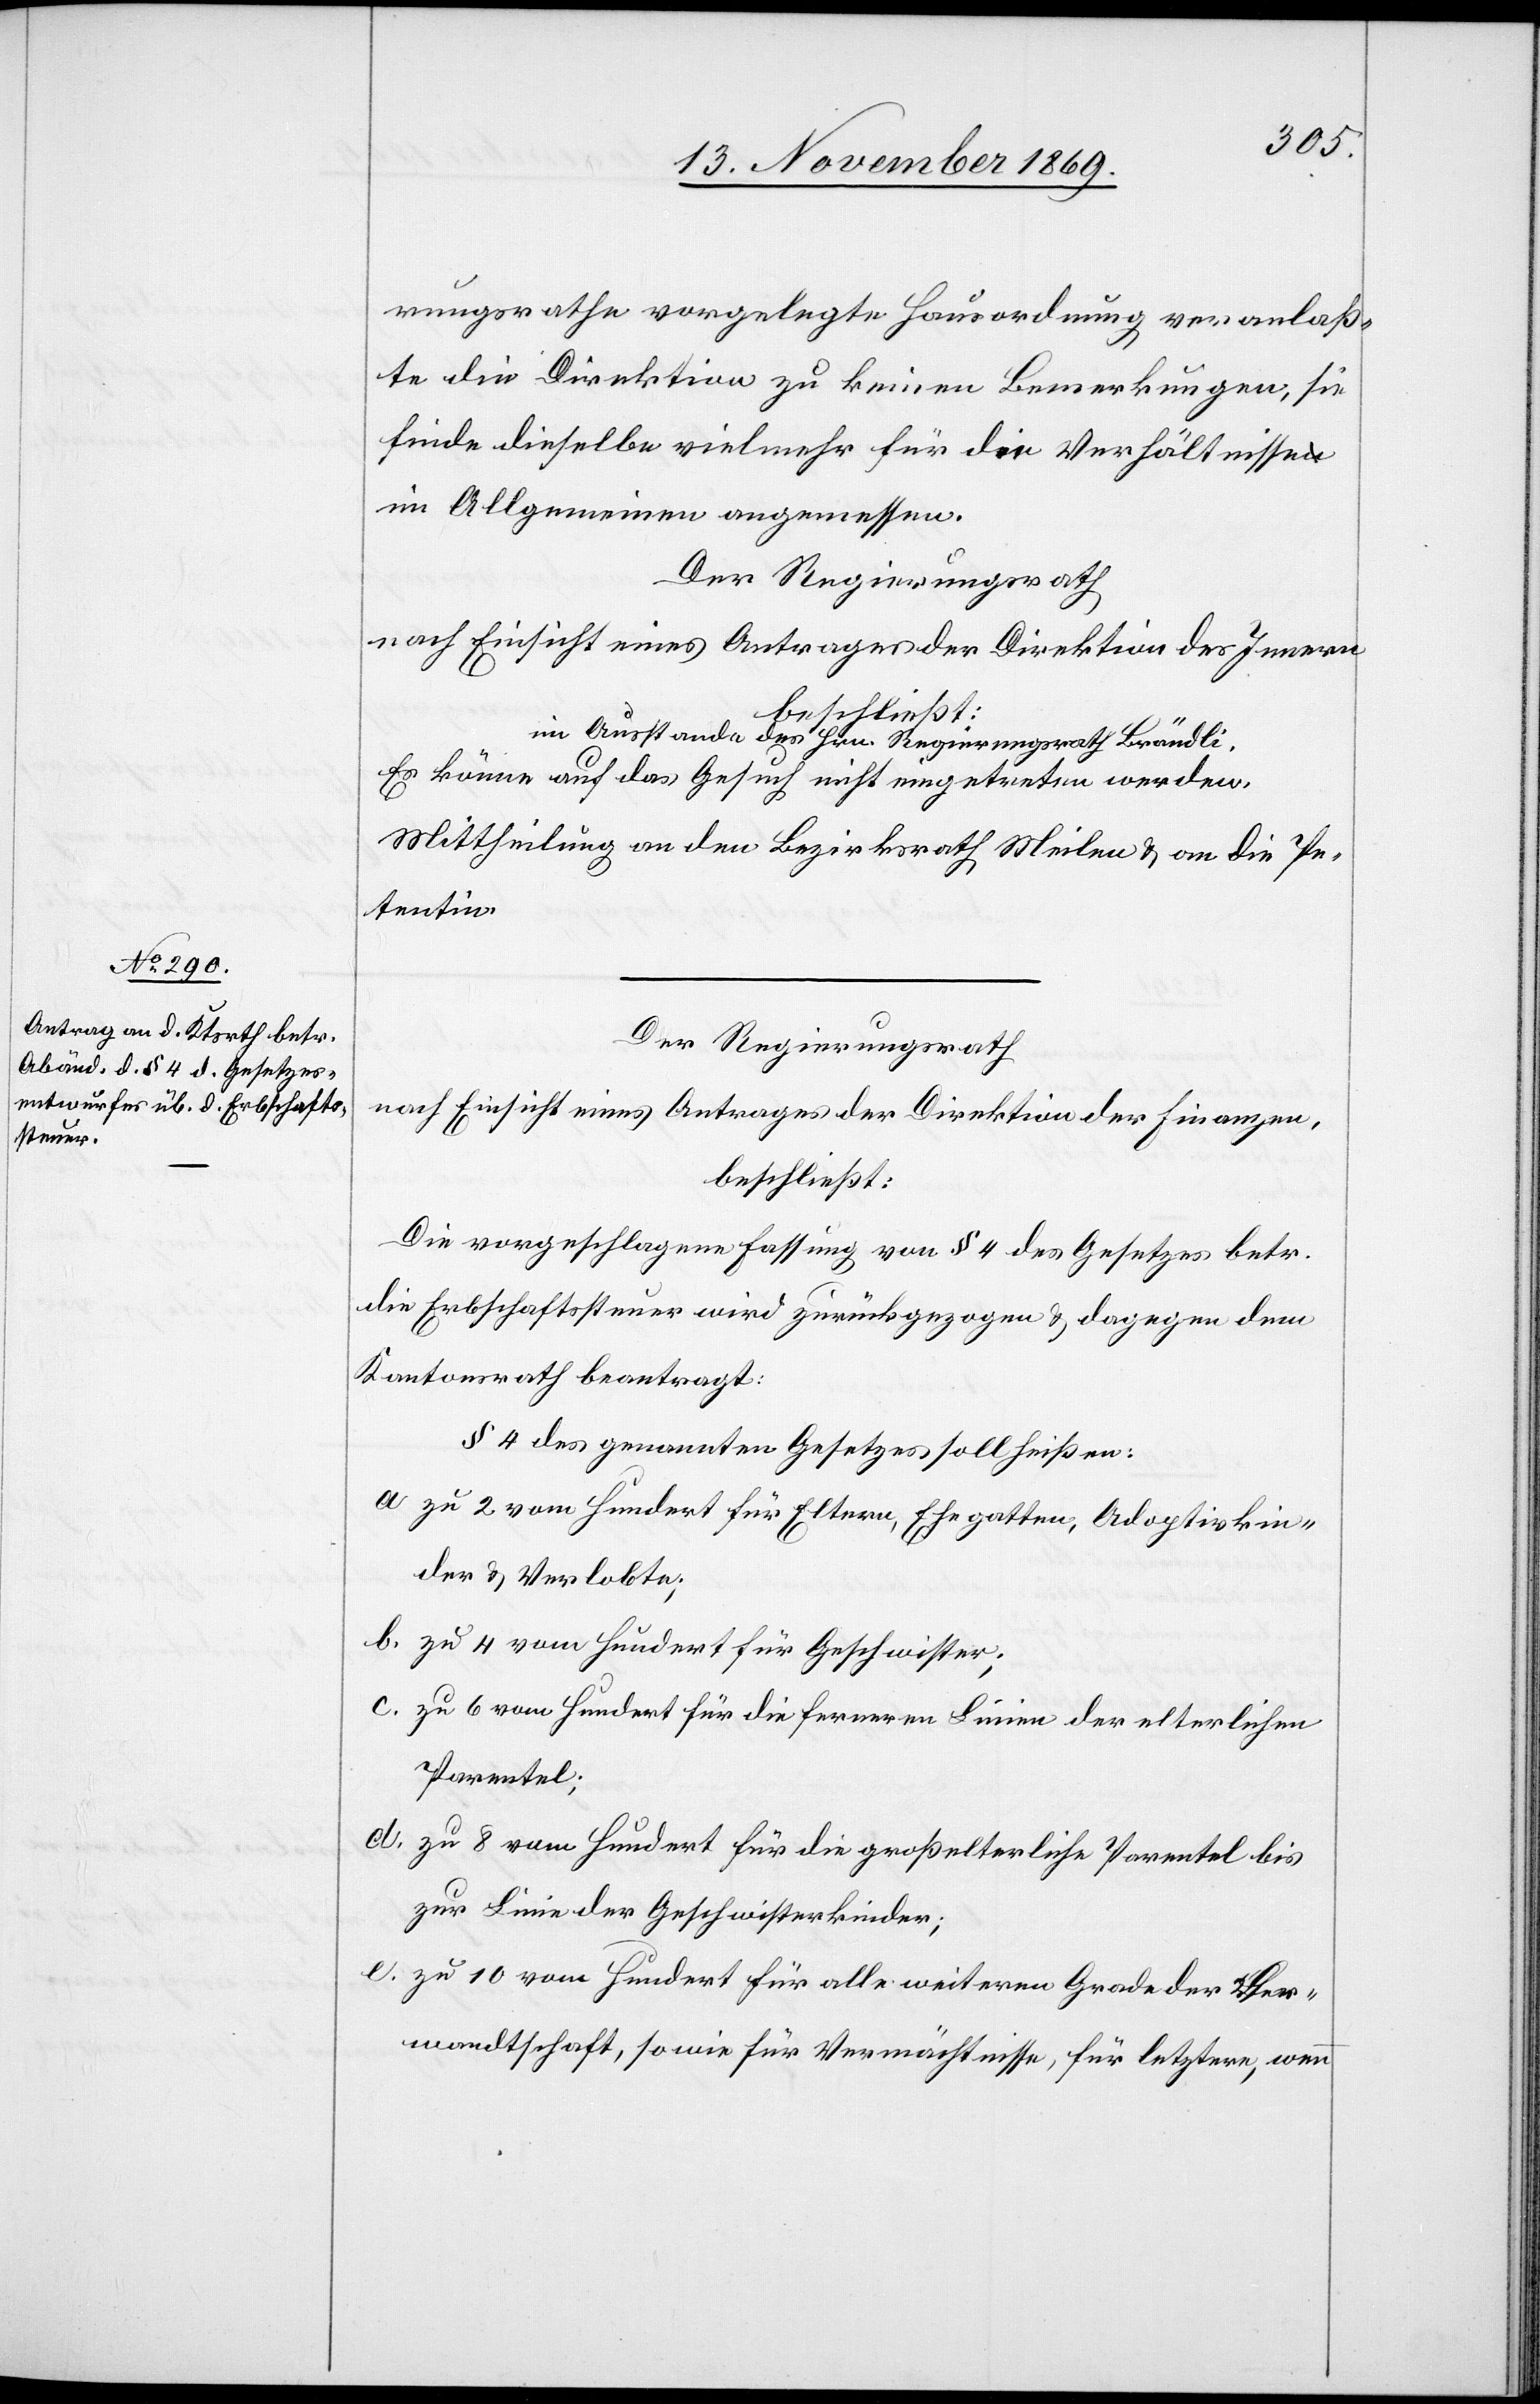
rungsrathe vorgelegte Hausordnung veranlaß¬
te die Direktion zu keinen Bemerkungen, sie
finde dieselbe vielmehr für die Verhältnisse
im Allgemeinen angemessen.
Der Regierungsrath
nach Einsicht eines Antrages der Direktion des Innern
im Ausstande des Hrn. Regierungsrath Brändli,
Es könne auf das Gesuch nicht eingetreten werden.
Mittheilung an den Bezirksrath Meilen & an die Pe¬
tentin.
Der Regierungsrath
nach Einsicht eines Antrages der Direktion der Finanzen,
beschließt:
Die vorgeschlagene Fassung von § 4 des Gesetzes betr.
die Erbschaftssteuer wird zurückgezogen & dagegen dem
Kantonsrath beantragt:
§ 4 des genannten Gesetzes soll heißen:
zu 2 vom Hundert für Eltern, Ehegatten, Adoptivkin¬
der & Verlobte;
zu 4 vom Hundert für Geschwister;
zu 6 vom Hundert für die ferneren Linien der elterlichen
Parentel;
zu 8 vom Hundert für die großelterliche Parentel bis
zur Linie der Geschwisterkinder;
zu 10 vom Hundert für alle weiteren Grade der Ver¬
wandtschaft, sowie für Vermächtnisse, für letztere, wenn